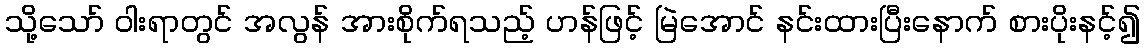
သို့သော် ဝါးရာတွင် အလွန် အားစိုက်ရသည့် ဟန်ဖြင့် မြဲအောင် နင်းထားပြီးနောက် စားပိုးနင့်၍